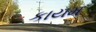
કાયમ